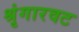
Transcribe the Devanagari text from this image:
श्रृंगारवट